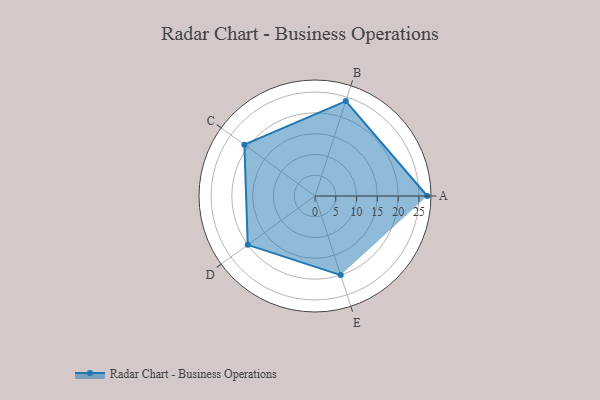
{"axis": {"x": "Skill", "y": "Score"}, "legend": ["Profile"], "data": [{"x": "A", "y": 27.0, "type": "Profile"}, {"x": "B", "y": 24.0, "type": "Profile"}, {"x": "C", "y": 21.0, "type": "Profile"}, {"x": "D", "y": 20, "type": "Profile"}, {"x": "E", "y": 20, "type": "Profile"}]}